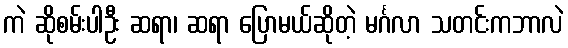
ကဲ ဆိုစမ်းပါဦး ဆရာ၊ ဆရာ ပြောမယ်ဆိုတဲ့ မင်္ဂလာ သတင်းကဘာလဲ